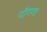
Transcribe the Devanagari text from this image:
पौगण्ड